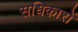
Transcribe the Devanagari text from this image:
सधिकारों